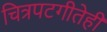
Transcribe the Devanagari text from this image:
चित्रपटगीतेही